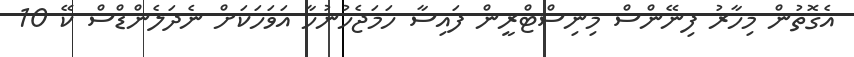
އެގޮތުން މިހާރު ފިނޭންސް މިނިސްޓްރީން ފައިސާ ހަމަޖެހުނުހާ އަވަހަކަށް ނެދަލެންޑްސް ކޭ 10